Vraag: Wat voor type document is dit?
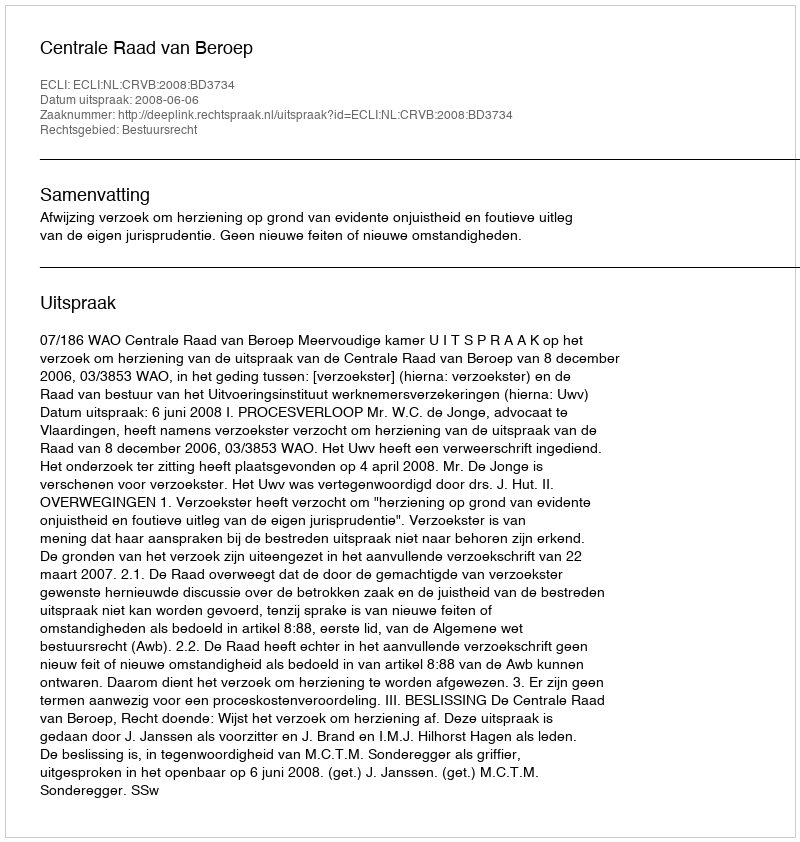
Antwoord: Uitspraak